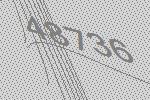
48736